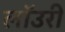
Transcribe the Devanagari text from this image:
लाॅउरी